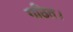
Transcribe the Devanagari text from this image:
गठित।